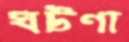
ঘটণা